Lunatic asylums Madras 1892-1911 - 1892-1911
Year: 1892
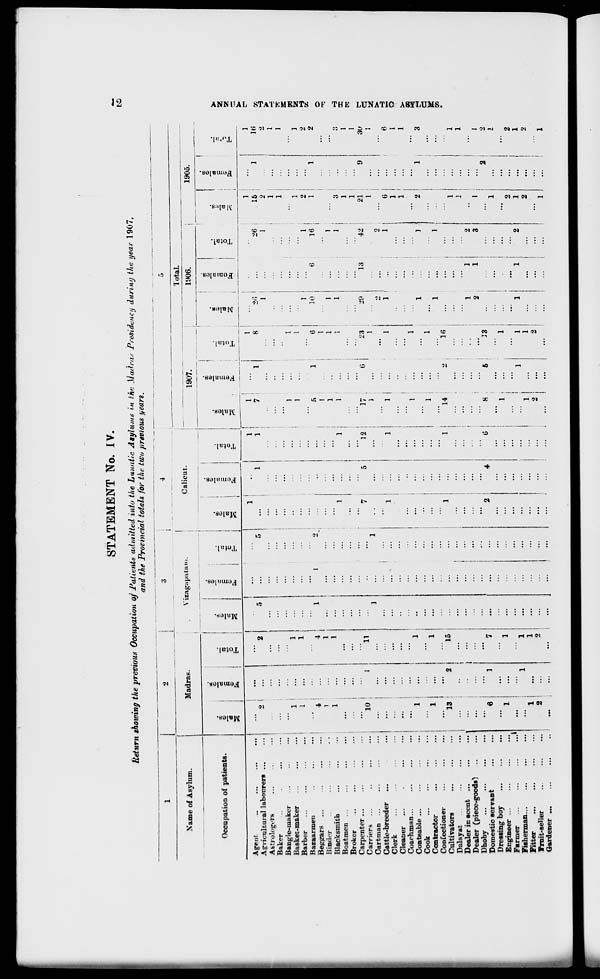
STATEMENT No. IV.
Heturn showing the previous Occupation of Patients admitted into the Lunatic Asylums in the Madras Presidency during the year 1907,
and the Provincial totals for the two previous years.
to
1
2
•
__
3
i
4
Calicut.
- -
5
Name of Asylum.
i
Madras.
Vizag;iputa
Total.
1907.
|
1906.
|
1905.
I
!
i
j
1
■S
B
an
DO
DC
'
CO
_o
®
_o
O
jy
c
Occupation of patients.
B
"3
3
1
I c
DC
.2
"c
1
(8
8
3^
03
DC
o
8
"3 c
s
"3
B
Is
«3
«
a
1 * ! 1
DO
»5
;
g
>
as
as
1
|
1
I
i
1
£
Ageut
...
...
1
1
1
i
t
...
.
1
...
1
c-
Agricultural labourers
2
...
2
5
...
5
...
1
1
7
1
8
26
...
26
15
1
16
02
A&trologvrs
...
!
,.
1 i
1
2
2
H
Baker
...
i
__
1 l
1
1
>
Bang'.e-ma ker
...
...
...
...
...
...
...
...
...
1
]
nr
Basket-maker
...
1
...
1
...
1
3
Barber
im
1
...
1
...
...
...
1
1
1
Bazaarmen
...
-
...
...
'" 1
1
2
...
2
H
Beggars ...
...
" 4
4
1
1
2
i
5
1
10
6
16
1
1
2
cc
Hinder
l
1
...
...
...
1
1
...
C
Blacksmith
1
1
...
...
...
...
...
1
1
1
...
~
Boatmen ...
...
1
1
1
1
1
3 ■'
►3
Broker
...
...
...
...
...
...
1 :
•••
1
QQ
Carpenter ...
...
...
•••
...
...
...
...
...
...
...
...
...
1 1
1
K
Carriers ...
10
l
11
..
7
5
12
17
0
23
29
13
42
21
' 9
3U
e
Cartman ...
...
...
1
1
...
...
3
1
1
>
Cattle-breeder
...
:::
...
i
...
...
o
...
Clerk
...
...
...
...
1
...
1
1 1
' ■ '-' .
1
1
6
6
i*3
Cleaner
...
...
...
...
...
...
1
1
3
Coachman...
...
!
'.'..
...
1
1
>
Contsable ...
i
...
1
..
...
...
1
...
3 g
Cook
...
...
...
...
...
..
...
...
1
1
2
1
3
Contractor
...
i
1
...
1
-
1
...
CJ
Confectioner
...
1
1
...
£
Cultivators
...
"l3
2
15
...
1
l !
14
2
16
...
so
Dalayat
...
...
...
...
...
...
...
!
1
1
Dealer in scent ...
...
...
...
...
I
...
1
Dealer (piece-goods')
...
...
i
1
" 1
2
...
j
...
Dhoby
..
...
...
...
...
...
■" . i
...
I.!
2
1
3
1 |
1
1
Domestic servant
6
1
7
...
' 2
4
6 \
8
5
13
2 ;
2
Dressing boy
..
...
...
...
...
...
...
...
I ...
...
...
1
...
1
i
Engineer ...
..
...
1
...
1
...
...
...
...
1
...
1
...
Farmer
...1
...
...
...
...
2
2
Fisherman
1
1
...
...
1
1
1
1
2
1
1
Fitter
1
1
I
1
1
...
...
2
2
Vruit-seller
2
2
...
2
2 I
i
Gardener ...
..
..
...
...
...
...
...
...
...
i
...
...
...
...
...
...
1
1